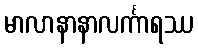
မာလာနာနာလင်္ကာရဿ